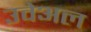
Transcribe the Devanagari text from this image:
उवेअल